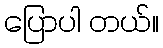
ပြောပါ တယ်။